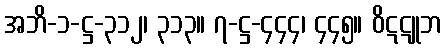
အဘိ-၁-ဋ္ဌ-၃၁၂၊ ၃၁၃။ ၇-ဋ္ဌ-၄၄၄၊ ၄၄၅။ ဝိဋဋူဘ